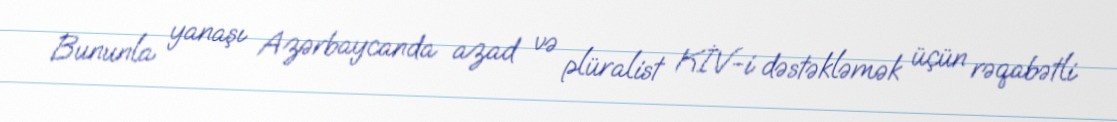
Bununla yanaşı Azərbaycanda azad və plüralist KİV-i dəstəkləmək üçün rəqabətli